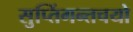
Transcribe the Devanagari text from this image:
सुप्तिंगन्तचयो